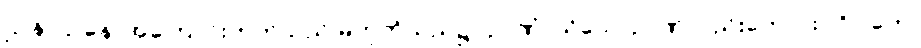
ဌာနာဌာနေ၊ အကြောင်းဟုတ်သည် မဟုတ်သည်၌။ ဉာဏံ၊ သိသောဉာဏ်လည်းကောင်း။ ဝိပါကေ၊